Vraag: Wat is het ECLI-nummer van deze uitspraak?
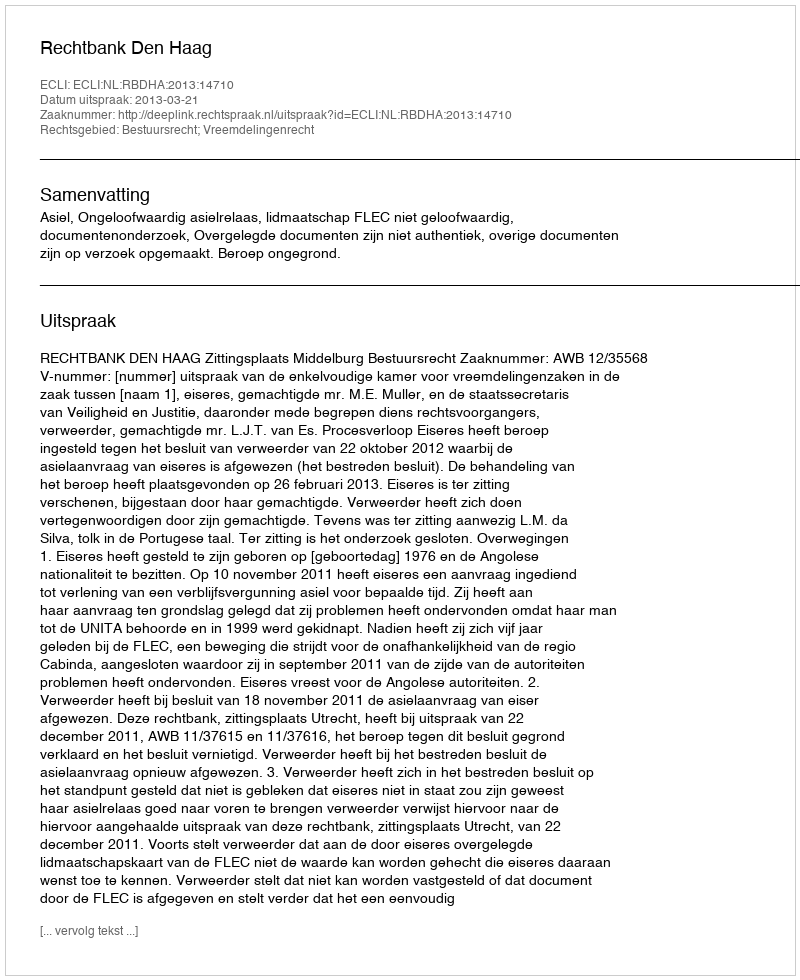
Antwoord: ECLI:NL:RBDHA:2013:14710